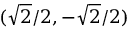
( { \sqrt { 2 } } / 2 , - { \sqrt { 2 } } / 2 )